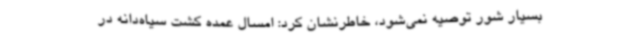
بسیار شور توصیه نمی‌شود، خاطرنشان کرد: امسال عمده کشت سیاه‌دانه در